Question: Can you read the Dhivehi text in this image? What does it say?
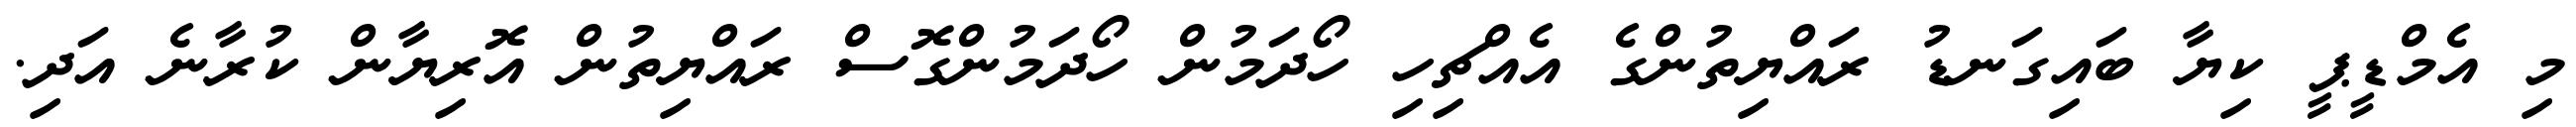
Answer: މި އެމްޑީޕީ ކިޔާ ބައިގަނޑު ރައްޔިތުންގެ އެއްޗިހި ހޯދަމުން ހޯދަމުންގޮސް ރައްޔިތުން އޮރިޔާން ކުރާނެ އަދި.